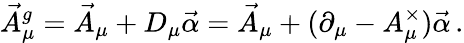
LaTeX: \vec{A}_{\mu}^{g}=\vec{A}_{\mu}+D_{\mu}\vec{\alpha}=\vec{A}_{\mu}+(\partial_{\mu}-A_{\mu}^{\times})\vec{\alpha}\, .